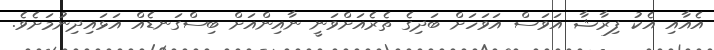
އެއާއި އެކު ފިރާޝާ އަވަސް އަވަހަށް ބަދިގެ ތެރެއަށްވަނީ ނާއިންއަށް ބިސްގަނޑެއް އަޅައިދިނުމަށެވެ.